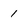
Character: 1